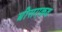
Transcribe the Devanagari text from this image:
बीसएकव